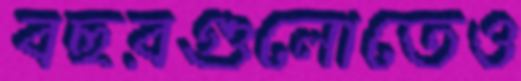
বছরগুলোতেও